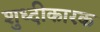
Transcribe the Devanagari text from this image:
शुध्दीकारक